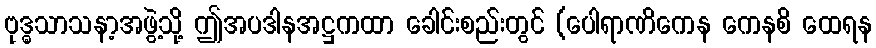
ဗုဒ္ဓသာသနာ့အဖွဲ့သို့ ဤအပဒါနအဋ္ဌကထာ ခေါင်းစည်းတွင် (ပေါရာဏိကေန ကေနစိ ထေရန